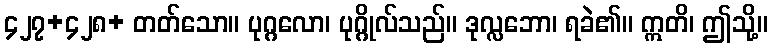
၄၂၇+၄၂၈+ တတ်သော။ ပုဂ္ဂလော၊ ပုဂ္ဂိုလ်သည်။ ဒုလ္လဘော၊ ရခဲ၏။ ဣတိ၊ ဤသို့။